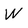
Character: W